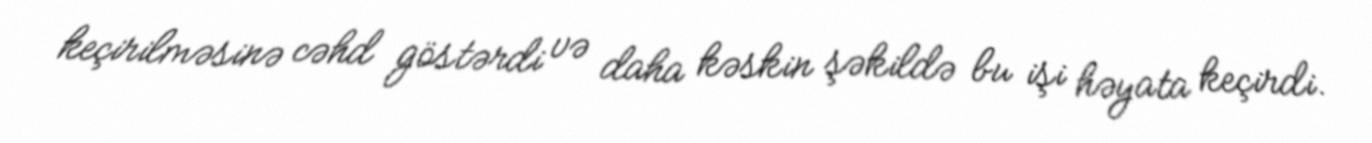
keçirilməsinə cəhd göstərdi və daha kəskin şəkildə bu işi həyata keçirdi.